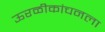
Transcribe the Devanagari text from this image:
ऊरळीकांचनला